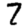
Digit: 7